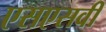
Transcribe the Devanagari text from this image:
एसएसवी